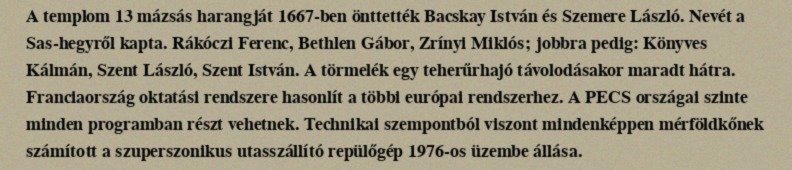
A templom 13 mázsás harangját 1667-ben önttették Bacskay István és Szemere László. Nevét a Sas-hegyről kapta. Rákóczi Ferenc, Bethlen Gábor, Zrínyi Miklós; jobbra pedig: Könyves Kálmán, Szent László, Szent István. A törmelék egy teherűrhajó távolodásakor maradt hátra. Franciaország oktatási rendszere hasonlít a többi európai rendszerhez. A PECS országai szinte minden programban részt vehetnek. Technikai szempontból viszont mindenképpen mérföldkőnek számított a szuperszonikus utasszállító repülőgép 1976-os üzembe állása.